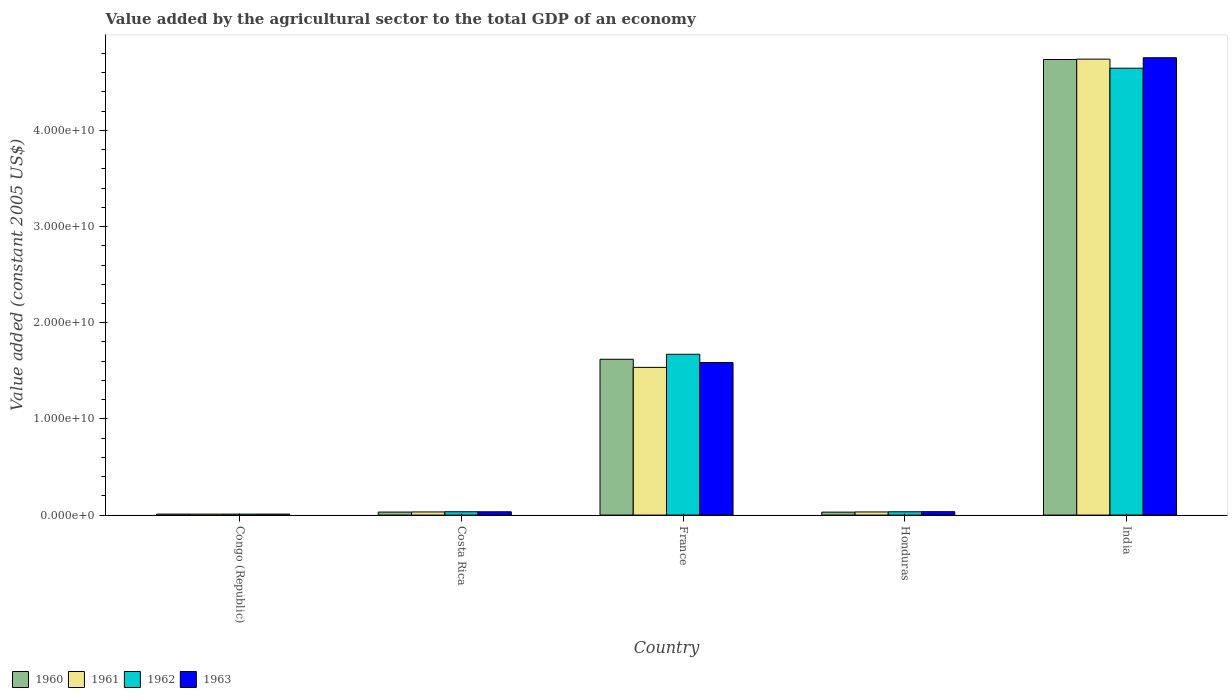
| Country | 1960 | 1961 | 1962 | 1963 |
 | --- | --- | --- | --- | --- |
 | Congo (Republic) | 1.01e+08 | 9.74e+07 | 9.79e+07 | 9.86e+07 |
 | Costa Rica | 3.13e+08 | 3.24e+08 | 3.44e+08 | 3.43e+08 |
 | France | 1.62e+10 | 1.54e+10 | 1.67e+10 | 1.59e+10 |
 | Honduras | 3.05e+08 | 3.25e+08 | 3.41e+08 | 3.53e+08 |
 | India | 4.74e+10 | 4.74e+10 | 4.65e+10 | 4.76e+10 |